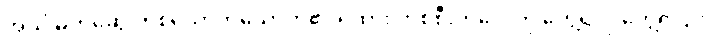
အသိ မိတ်ဆွေ တစ်ယောက်ယောက်၏ ရထား တစ်စီးတလေကို တွေ့ရလို တွေ့ရငြား